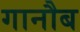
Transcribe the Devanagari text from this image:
गानौब